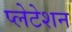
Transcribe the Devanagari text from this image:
प्लेटेशन